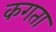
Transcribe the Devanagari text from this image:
कगता